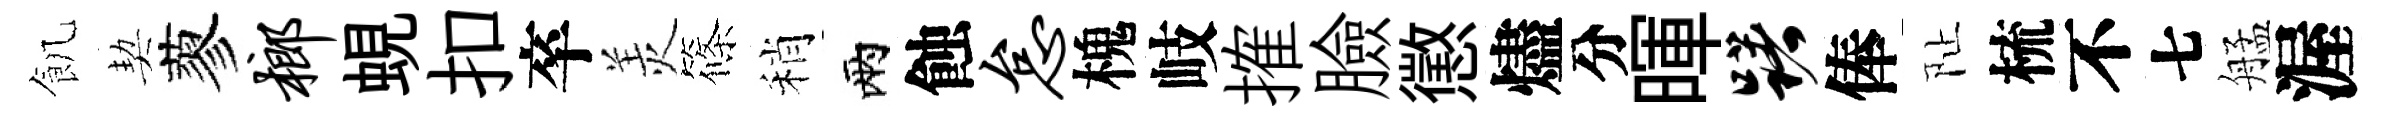
飢契蓼榔蜆扣卒羙篠稍兩蝕怠槐岐搉臉懲燼分暉躇俸阯梳不七艋渥